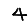
Digit: 4